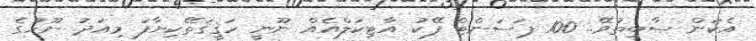
އެކަން ސާބިތުވޭ.. 100 ޕަސަންޓް ފޭކު އާޓިކަލްއެއް ނޫނީ ހަޤީޤަތޭކިޔާފަ މިއަދު ނޫހުގެ